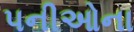
પનીઓના